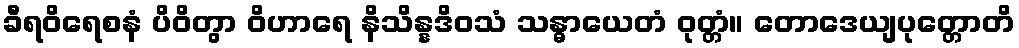
ခီရဝိရေစနံ ပိဝိတွာ ဝိဟာရေ နိသိန္နဒိဝသံ သန္ဓာယေတံ ဝုတ္တံ။ တောဒေယျပုတ္တောတိ